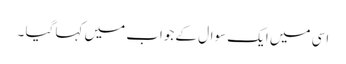
اسی میں ایک سوال کے جواب میں کہا گیا ۔